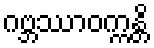
ဂဗ္ဘဿာဝက္ကန္တိ